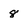
Character: 8